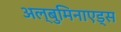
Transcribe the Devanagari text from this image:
अल्बुमिनाएड्स